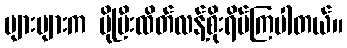
များများက ပိုပြီးထိတ်လန့်စိုးရိမ်ကြပါတယ်။